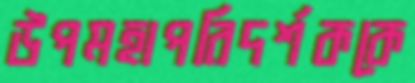
উপমহাপরিদর্শককে